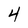
Character: 4